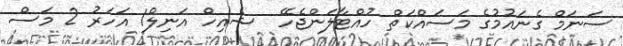
ސަނަމް ގެނައުމުގެ މަސައްކަތް ހުއްޓާލަންޖެހޭ  ޝެއިހް އަނިލް1 އަހަރު 2 މަސް